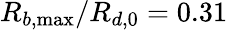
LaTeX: R_{b,\operatorname*{max}}/R_{d,0}=0.31